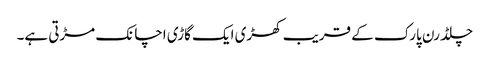
چلڈرن پارک کے قریب کھڑی ایک گاڑی اچانک مڑتی ہے۔